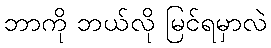
ဘာကို ဘယ်လို မြင်ရမှာလဲ